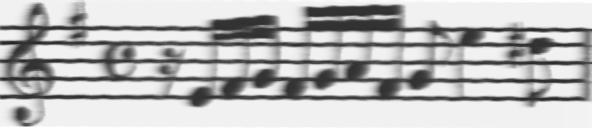
Transcription: clef-G2 keySignature-GM timeSignature-C rest-sixteenth note-E4_sixteenth note-F#4_sixteenth note-G4_sixteenth note-F#4_sixteenth note-G4_sixteenth note-A4_sixteenth note-F#4_sixteenth note-G4_eighth note-E5_quarter note-D#5_eighth barline